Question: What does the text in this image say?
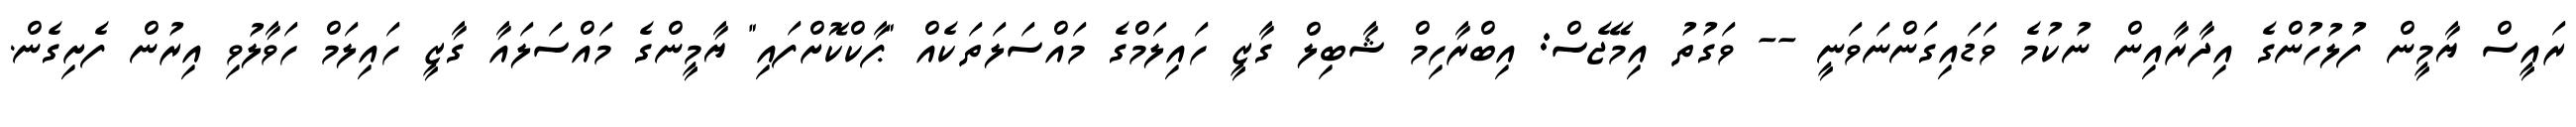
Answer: ރައީސް ޔާމީން ފުލުހުންގެ އިދާރާއިން ނުކުމެ ވަޑައިގަންނަވަނީ -- ވަގުތު އިމޭޖެސް: އިބްރާހިމް ޝާބިލް ގާޒީ ހައިލަމްގެ މައްސަލަތަކެއް "ޕާކްކޮށްފައި" ޔާމީންގެ މައްސަލައާ ގާޒީ ހައިލަމް ހަވާލުވި އިރުން ފެށިގެން.